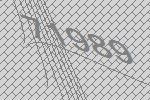
71989